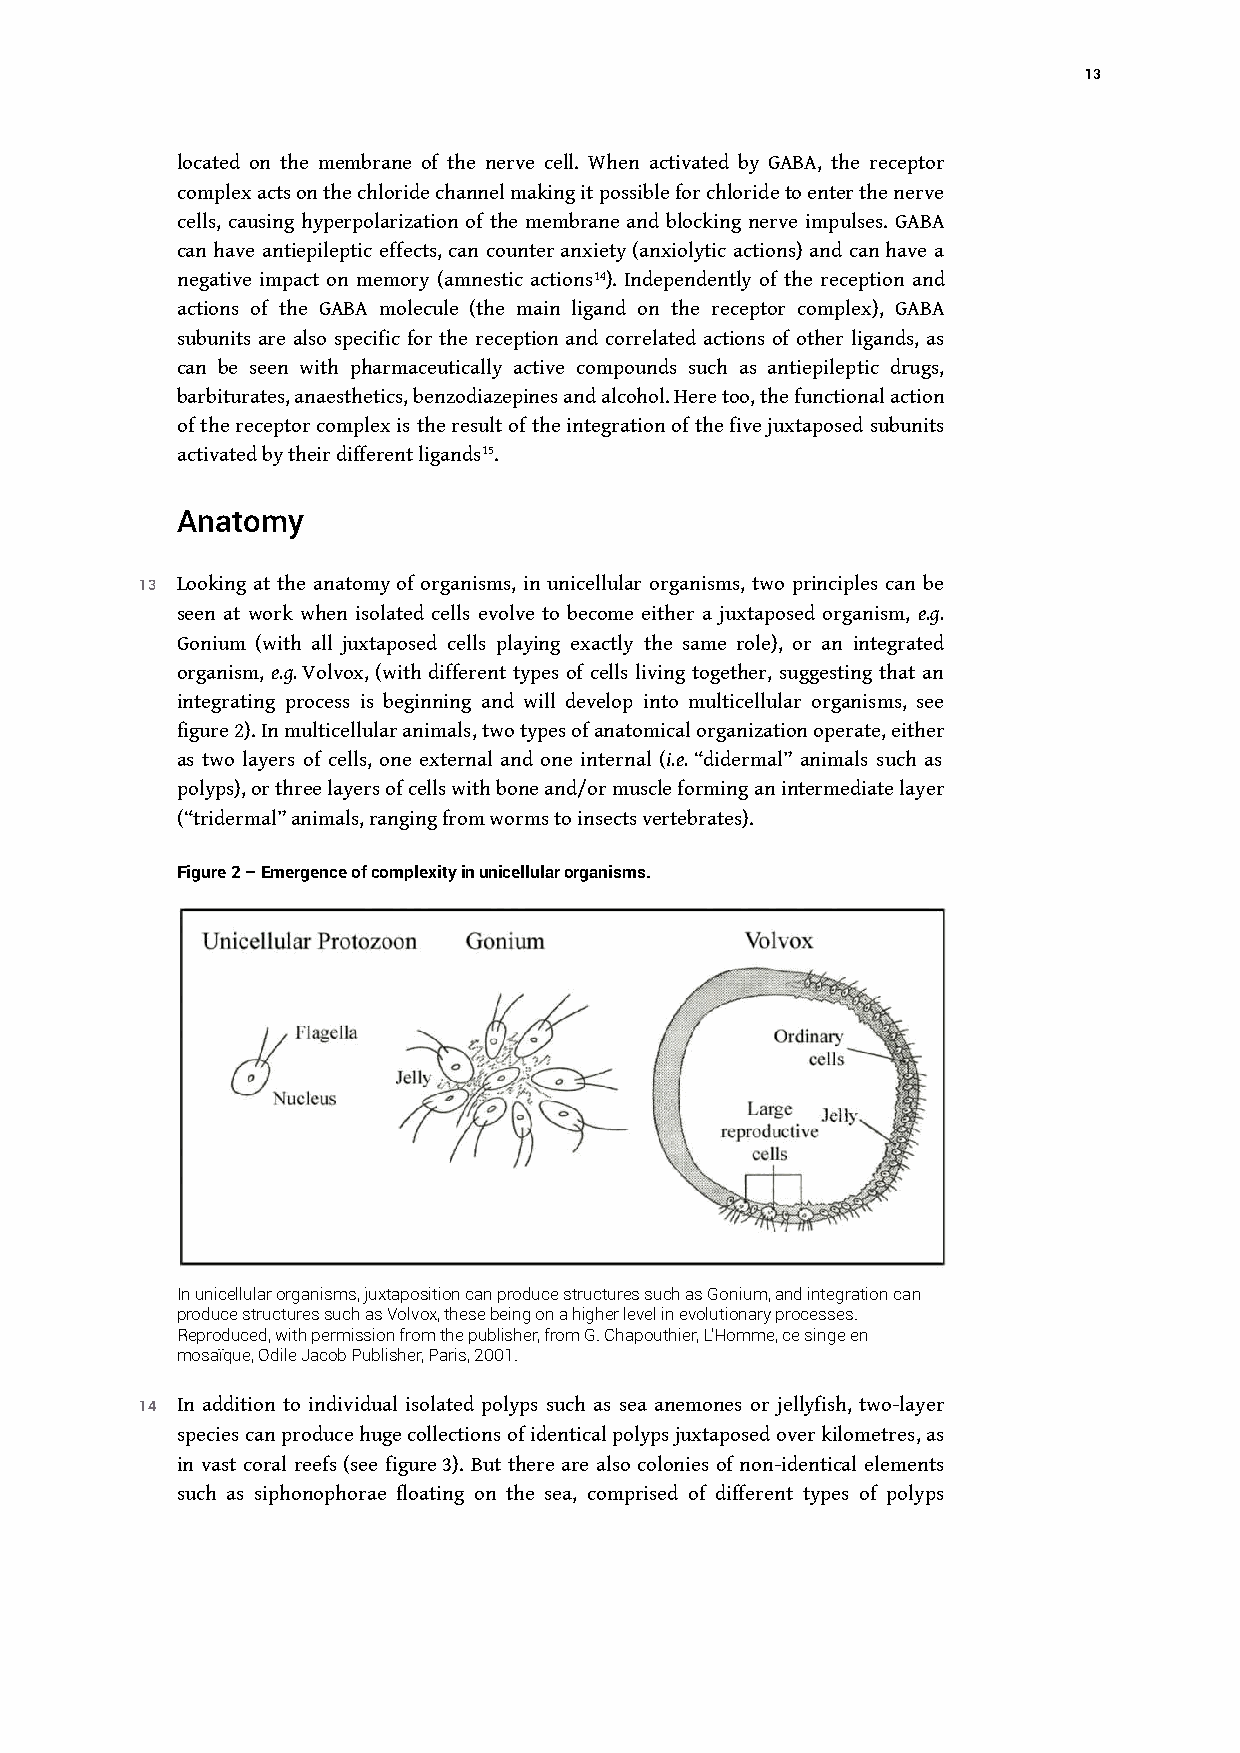
13
 located on the membrane of the nerve cell. When activated by GABA, the receptor
 complex acts on the chloride channel making it possible for chloride to enter the nerve
 cells, causing hyperpolarization of the membrane and blocking nerve impulses. GABA
 can have antiepileptic effects, can counter anxiety (anxiolytic actions) and can have a
 negative impact on memory (amnestic actions14). Independently of the reception and
 actions of the GABA molecule (the main ligand on the receptor complex), GABA
 subunits are also specific for the reception and correlated actions of other ligands, as
 can be seen with pharmaceutically active compounds such as antiepileptic drugs,
 barbiturates, anaesthetics, benzodiazepines and alcohol. Here too, the functional action
 of the receptor complex is the result of the integration of the five juxtaposed subunits
 activated by their different ligands15.
 Anatomy
 13 Looking at the anatomy of organisms, in unicellular organisms, two principles can be
 seen at work when isolated cells evolve to become either a juxtaposed organism, e.g.
 Gonium (with all juxtaposed cells playing exactly the same role), or an integrated
 organism, e.g. Volvox, (with different types of cells living together, suggesting that an
 integrating process is beginning and will develop into multicellular organisms, see
 figure 2). In multicellular animals, two types of anatomical organization operate, either
 as two layers of cells, one external and one internal (i.e. “didermal” animals such as
 polyps), or three layers of cells with bone and/or muscle forming an intermediate layer
 (“tridermal” animals, ranging from worms to insects vertebrates).
 Figure 2 – Emergence of complexity in unicellular organisms.
 In unicellular organisms, juxtaposition can produce structures such as Gonium, and integration can
 produce structures such as Volvox, these being on a higher level in evolutionary processes.
 Reproduced, with permission from the publisher, from G. Chapouthier, L’Homme, ce singe en
 mosaïque, Odile Jacob Publisher, Paris, 2001.
 14 In addition to individual isolated polyps such as sea anemones or jellyfish, two-layer
 species can produce huge collections of identical polyps juxtaposed over kilometres, as
 in vast coral reefs (see figure 3). But there are also colonies of non-identical elements
 such as siphonophorae floating on the sea, comprised of different types of polyps